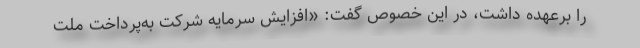
را برعهده داشت، در این خصوص گفت: «افزایش سرمایه شرکت به‌پرداخت ملت